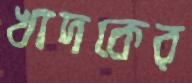
খাদকের